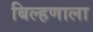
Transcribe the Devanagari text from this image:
बिल्हणाला